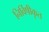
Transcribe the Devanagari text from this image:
निर्विषीकृत